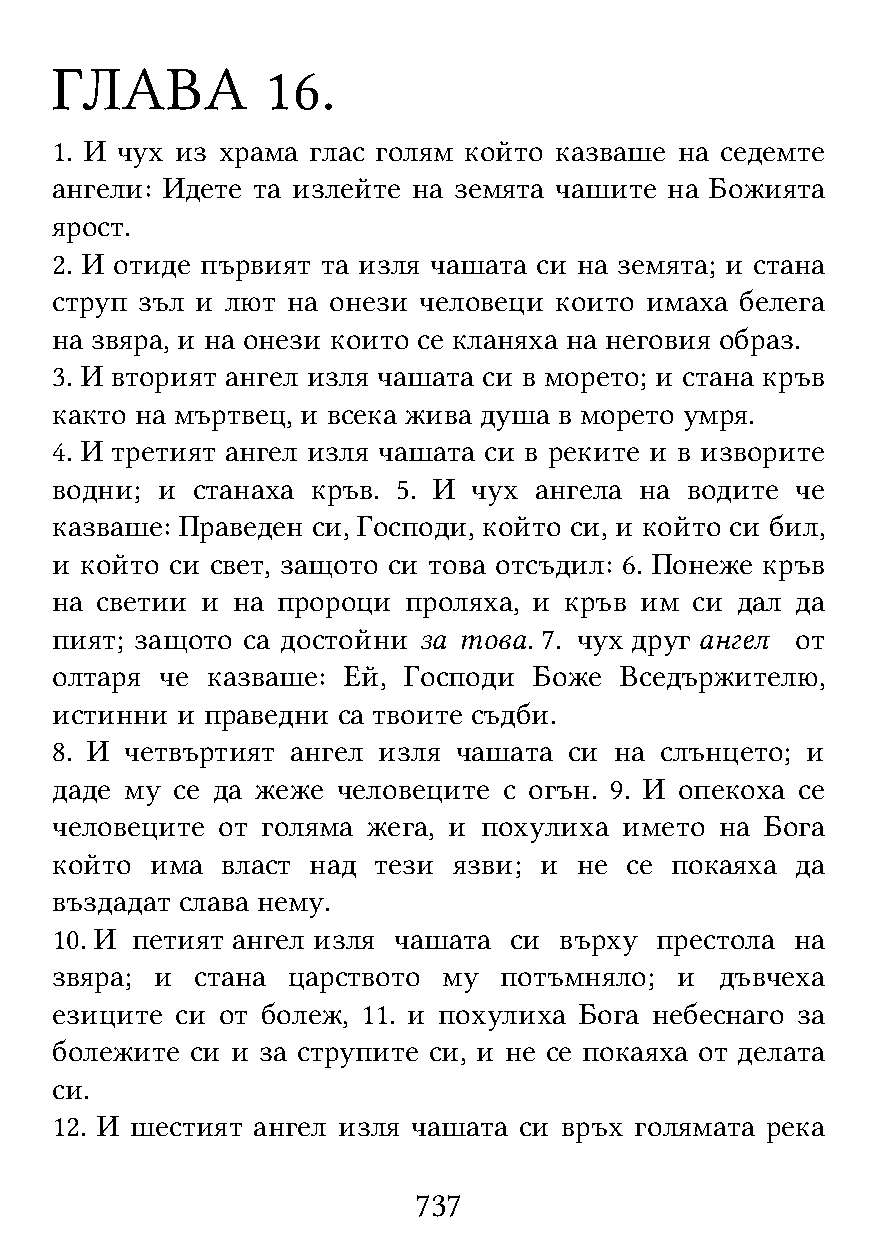
ГЛАВА          16.
 1. И чух из храма глас голям който казваше на седемте
 ангели: Идете та излейте на земята чашите на Божията
 ярост.
 2. И отиде първият та изля чашата си на земята; и стана
 струп зъл и лют на онези человеци които имаха белега
 на звяра, и на онези които се кланяха на неговия образ.
 3. И вторият ангел изля чашата си в морето; и стана кръв
 както на мъртвец, и всека жива душа в морето умря.
 4. И третият ангел изля чашата си в реките и в изворите
 водни; и  станаха кръв. 5. И чух ангела на водите че
 казваше: Праведен си, Господи, който си, и който си бил,
 и който си свет, защото си това отсъдил: 6. Понеже кръв
 на светии и на пророци  проляха, и кръв им си дал да
 пият; защото са достойни за това. 7. чух друг ангел от
 олтаря  че казваше: Ей, Господи Боже  Вседържителю,
 истинни  и праведни са твоите съдби.
 8. И четвъртият ангел изля чашата  си на слънцето; и
 даде му се да жеже человеците с огън. 9. И опекоха се
 человеците от голяма жега, и похулиха името  на Бога
 който  има  власт над тези язви; и не се покаяха  да
 въздадат слава нему.
 10. И петият ангел изля чашата си върху престола  на
 звяра; и  стана царството му  потъмняло;  и  дъвчеха
 езиците  си от болеж, 11. и похулиха Бога небеснаго за
 болежите  си и за струпите си, и не се покаяха от делата
 си.
 12. И шестият ангел изля чашата си връх голямата река
 737